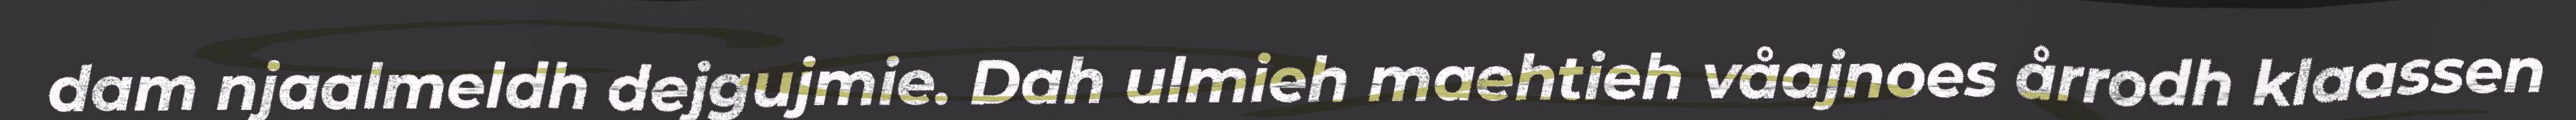
dam njaalmeldh dejgujmie. Dah ulmieh maehtieh våajnoes årrodh klaassen